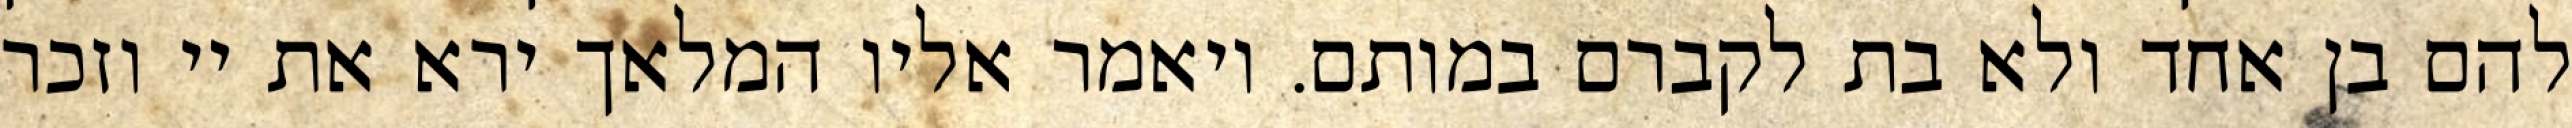
להם בן אחד ולא בת לקברם במותם. ויאמר אליו המלאך ירא את יי וזכר